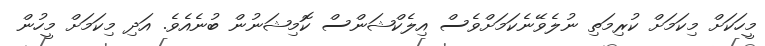
މީހަކަށް މިކަމަށް ކުރިމަތި ނުލެވޭނެކަމަށްވެސް އިލެކްޝަންސް ކޮމިޝަނުން ބުނެއެވެ. އަދި މިކަމަށް މީހުން